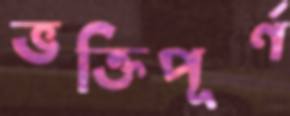
ভক্তিপূর্ণ